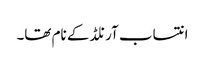
انتساب آرنلڈ کے نام تھا۔